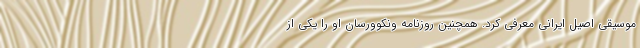
موسیقی اصیل ایرانی معرفی کرد. همچنین روزنامه ونکوورسان او را یکی از